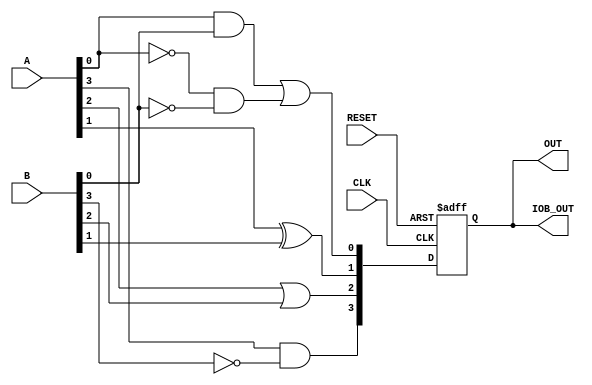
module EPLD (
    input wire [3:0] A,        // Input to the EPLD
    input wire [3:0] B,        // Another input to the EPLD
    input wire CLK,            // Clock for Flip-Flops
    input wire RESET,          // Reset signal
    output wire [3:0] OUT,     // Output from the EPLD
    output wire [3:0] IOB_OUT   // Output from IOBs
);

// Configuration Memory (for demonstration, this is hardcoded)
reg [3:0] LUT [0:3]; // 4 LUTs, each can implement a function for 4 inputs
initial begin
    // Example configurations for LUTs
    LUT[0] = 4'b1010; // LUT 0 function
    LUT[1] = 4'b1100; // LUT 1 function
    LUT[2] = 4'b0111; // LUT 2 function
    LUT[3] = 4'b0001; // LUT 3 function
end

// Logic Block: Combinational Logic using LUTs
wire [3:0] lut_out;
assign lut_out[0] = (A[0] & B[0]) | (~A[0] & ~B[0]); // Example function
assign lut_out[1] = (A[1] ^ B[1]);                   // Example function
assign lut_out[2] = (A[2] | B[2]);                   // Example function
assign lut_out[3] = (A[3] & ~B[3]);                  // Example function

// Flip-Flops for Sequential Logic
reg [3:0] FF_out;
always @(posedge CLK or posedge RESET) begin
    if (RESET)
        FF_out <= 4'b0000; // Reset FF output
    else
        FF_out <= lut_out; // Store LUT output in FF
end

// Output Assignment
assign OUT = FF_out; // Output from Flip-Flops to the EPLD output
assign IOB_OUT = OUT; // Output from IOBs

endmodule